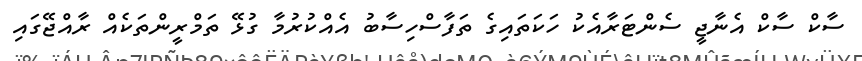
ސާކް ސާކް އެނާޖީ ސެންޓަރާއެކު ހަކަތައިގެ ތަފާސްހިސާބު އެއްކުރުމާ ގުޅޭ ތަމްރީންތަކެއް ރާއްޖޭގައި